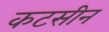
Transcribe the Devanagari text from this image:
कटसीन